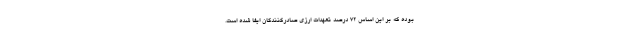
بوده که بر این اساس ۷۲ درصد تعهدات ارزی صادرکنندگان ایفا شده است.